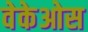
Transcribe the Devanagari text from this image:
वेकेओस